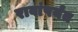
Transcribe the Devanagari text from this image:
रावांपर्यंत